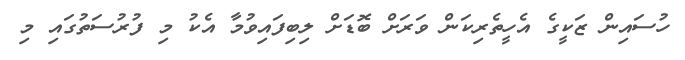
ހުސައިން ޒަކީގެ އެހީތެރިކަން ވަރަށް ބޮޑަށް ލިބިފައިވުމާ އެކު މި ފުރުސަތުގައި މި